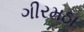
ગીરમઠા